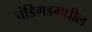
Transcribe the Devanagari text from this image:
चंडिगडमधील